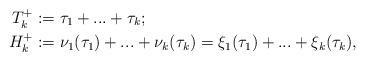
LaTeX: \begin{align*}T_k^+&:=\tau_1+...+\tau_k;\\H_k^+&:=\nu_1(\tau_1)+...+\nu_k(\tau_k)=\xi_1(\tau_1)+...+\xi_k(\tau_k),\end{align*}